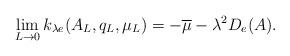
LaTeX: \begin{align*} \lim_{L\rightarrow 0} k_{\lambda e}(A_L,q_L,\mu_L)=-\overline{\mu}-\lambda^2 D_e(A).\end{align*}